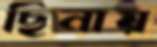
ছিনায়